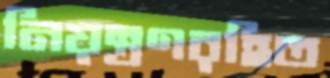
নিয়ন্ত্রণরহিত